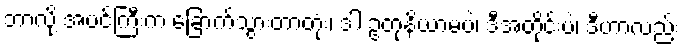
ဘာလို့ အပင်ကြီးက ခြောက်သွားတာတုံး၊ ဒါ ဥတုနိယာမပဲ၊ ဒီအတိုင်းပဲ၊ ဒီဟာလည်း